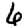
Digit: 6